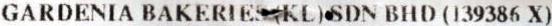
GARDENIA BAKERIES (KL) SDN BHD (139386 X)